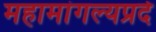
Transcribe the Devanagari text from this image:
महामांगल्यप्रदे